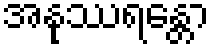
အနုဿရန္တော